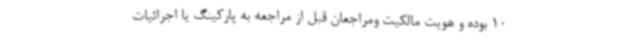
10 بوده و هویت مالکیت ومراجعان قبل از مراجعه به پارکینگ یا اجرائیات